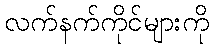
လက်နက်ကိုင်များကို